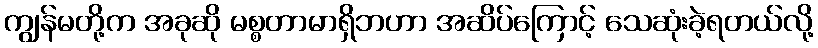
ကျွန်မတို့က အခုဆို မစ္စတာမာရှိဘဟာ အဆိပ်ကြောင့် သေဆုံးခဲ့ရတယ်လို့